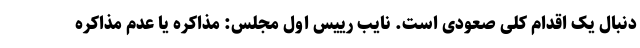
دنبال یک اقدام کلی صعودی است. نایب رییس اول مجلس: مذاکره یا عدم مذاکره